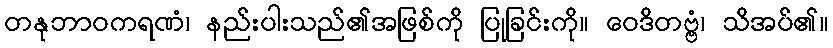
တနုဘာဝကရဏံ၊ နည်းပါးသည်၏အဖြစ်ကို ပြုခြင်းကို။ ဝေဒိတဗ္ဗံ၊ သိအပ်၏။